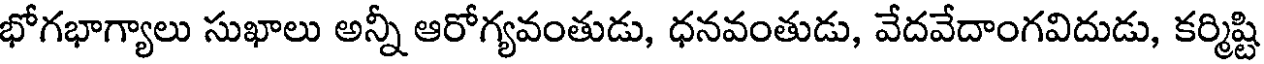
భోగభాగ్యాలు సుఖాలు అన్నీ ఆరోగ్యవంతుడు, ధనవంతుడు, వేదవేదాంగవిదుడు, కర్మిష్టి